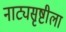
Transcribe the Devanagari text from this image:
नाट्यसृष्टीला